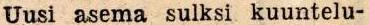
Uusi asema sulksi kuuntelu-